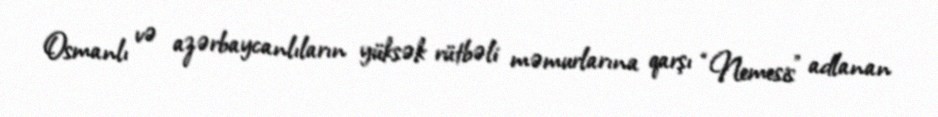
Osmanlı və azərbaycanlıların yüksək rütbəli məmurlarına qarşı “Nemesis” adlanan